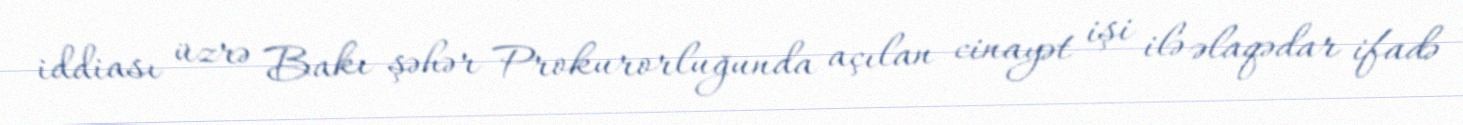
iddiası üzrə Bakı şəhər Prokurorluğunda açılan cinayət işi ilə əlaqədar ifadə